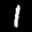
Label: 1